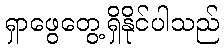
ရှာဖွေတွေ့ရှိနိုင်ပါသည်